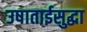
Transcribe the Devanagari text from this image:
उषाताईसुद्धा